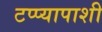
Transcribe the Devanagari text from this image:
टप्प्यापाशी